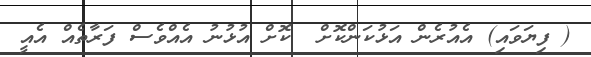
( ފިޔަވައި) އެއުރެން އަޅުކަންކޮށް  ކޮށް އުޅުނު އެއްވެސް ފަރާތެއް އެއީ